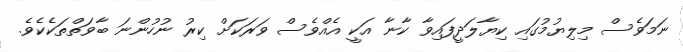
ނަމަވެސް މިލިޔުމުގައި ކިޔާލަދީފައިވާ ކާނާ އަކީ އެއްވެސް ވަރަކަށް ކިރު ނުހުންނަ ބާވަތްތަކެކެވެ.